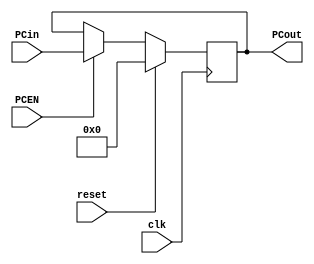
`timescale 1ns / 1ps


module PC(clk,reset,PCin,PCEN,PCout);

input clk,reset,PCEN;
input [31:0]PCin;
output reg [31:0]PCout;
// We can also use signed PCout when the we also need to handle with negative address
// if reset = 1 then reset the PC
always@(posedge clk)
begin
  if(reset) PCout<=0;
  else if(PCEN) PCout<=PCin;
end 

endmodule